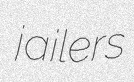
jailers